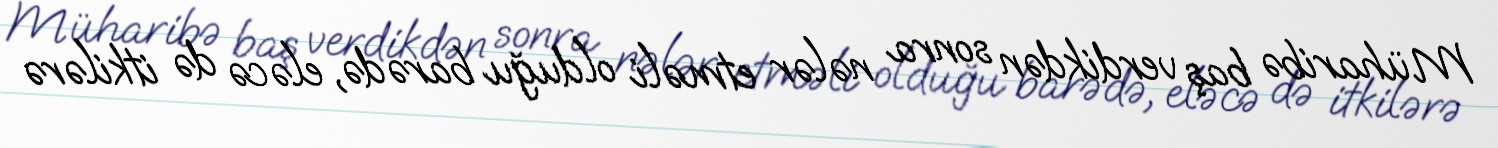
Müharibə baş verdikdən sonra nələr etməli olduğu barədə, eləcə də itkilərə